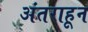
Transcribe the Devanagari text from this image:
अंतराहून